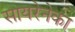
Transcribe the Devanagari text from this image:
सायरेनेका